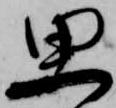
思